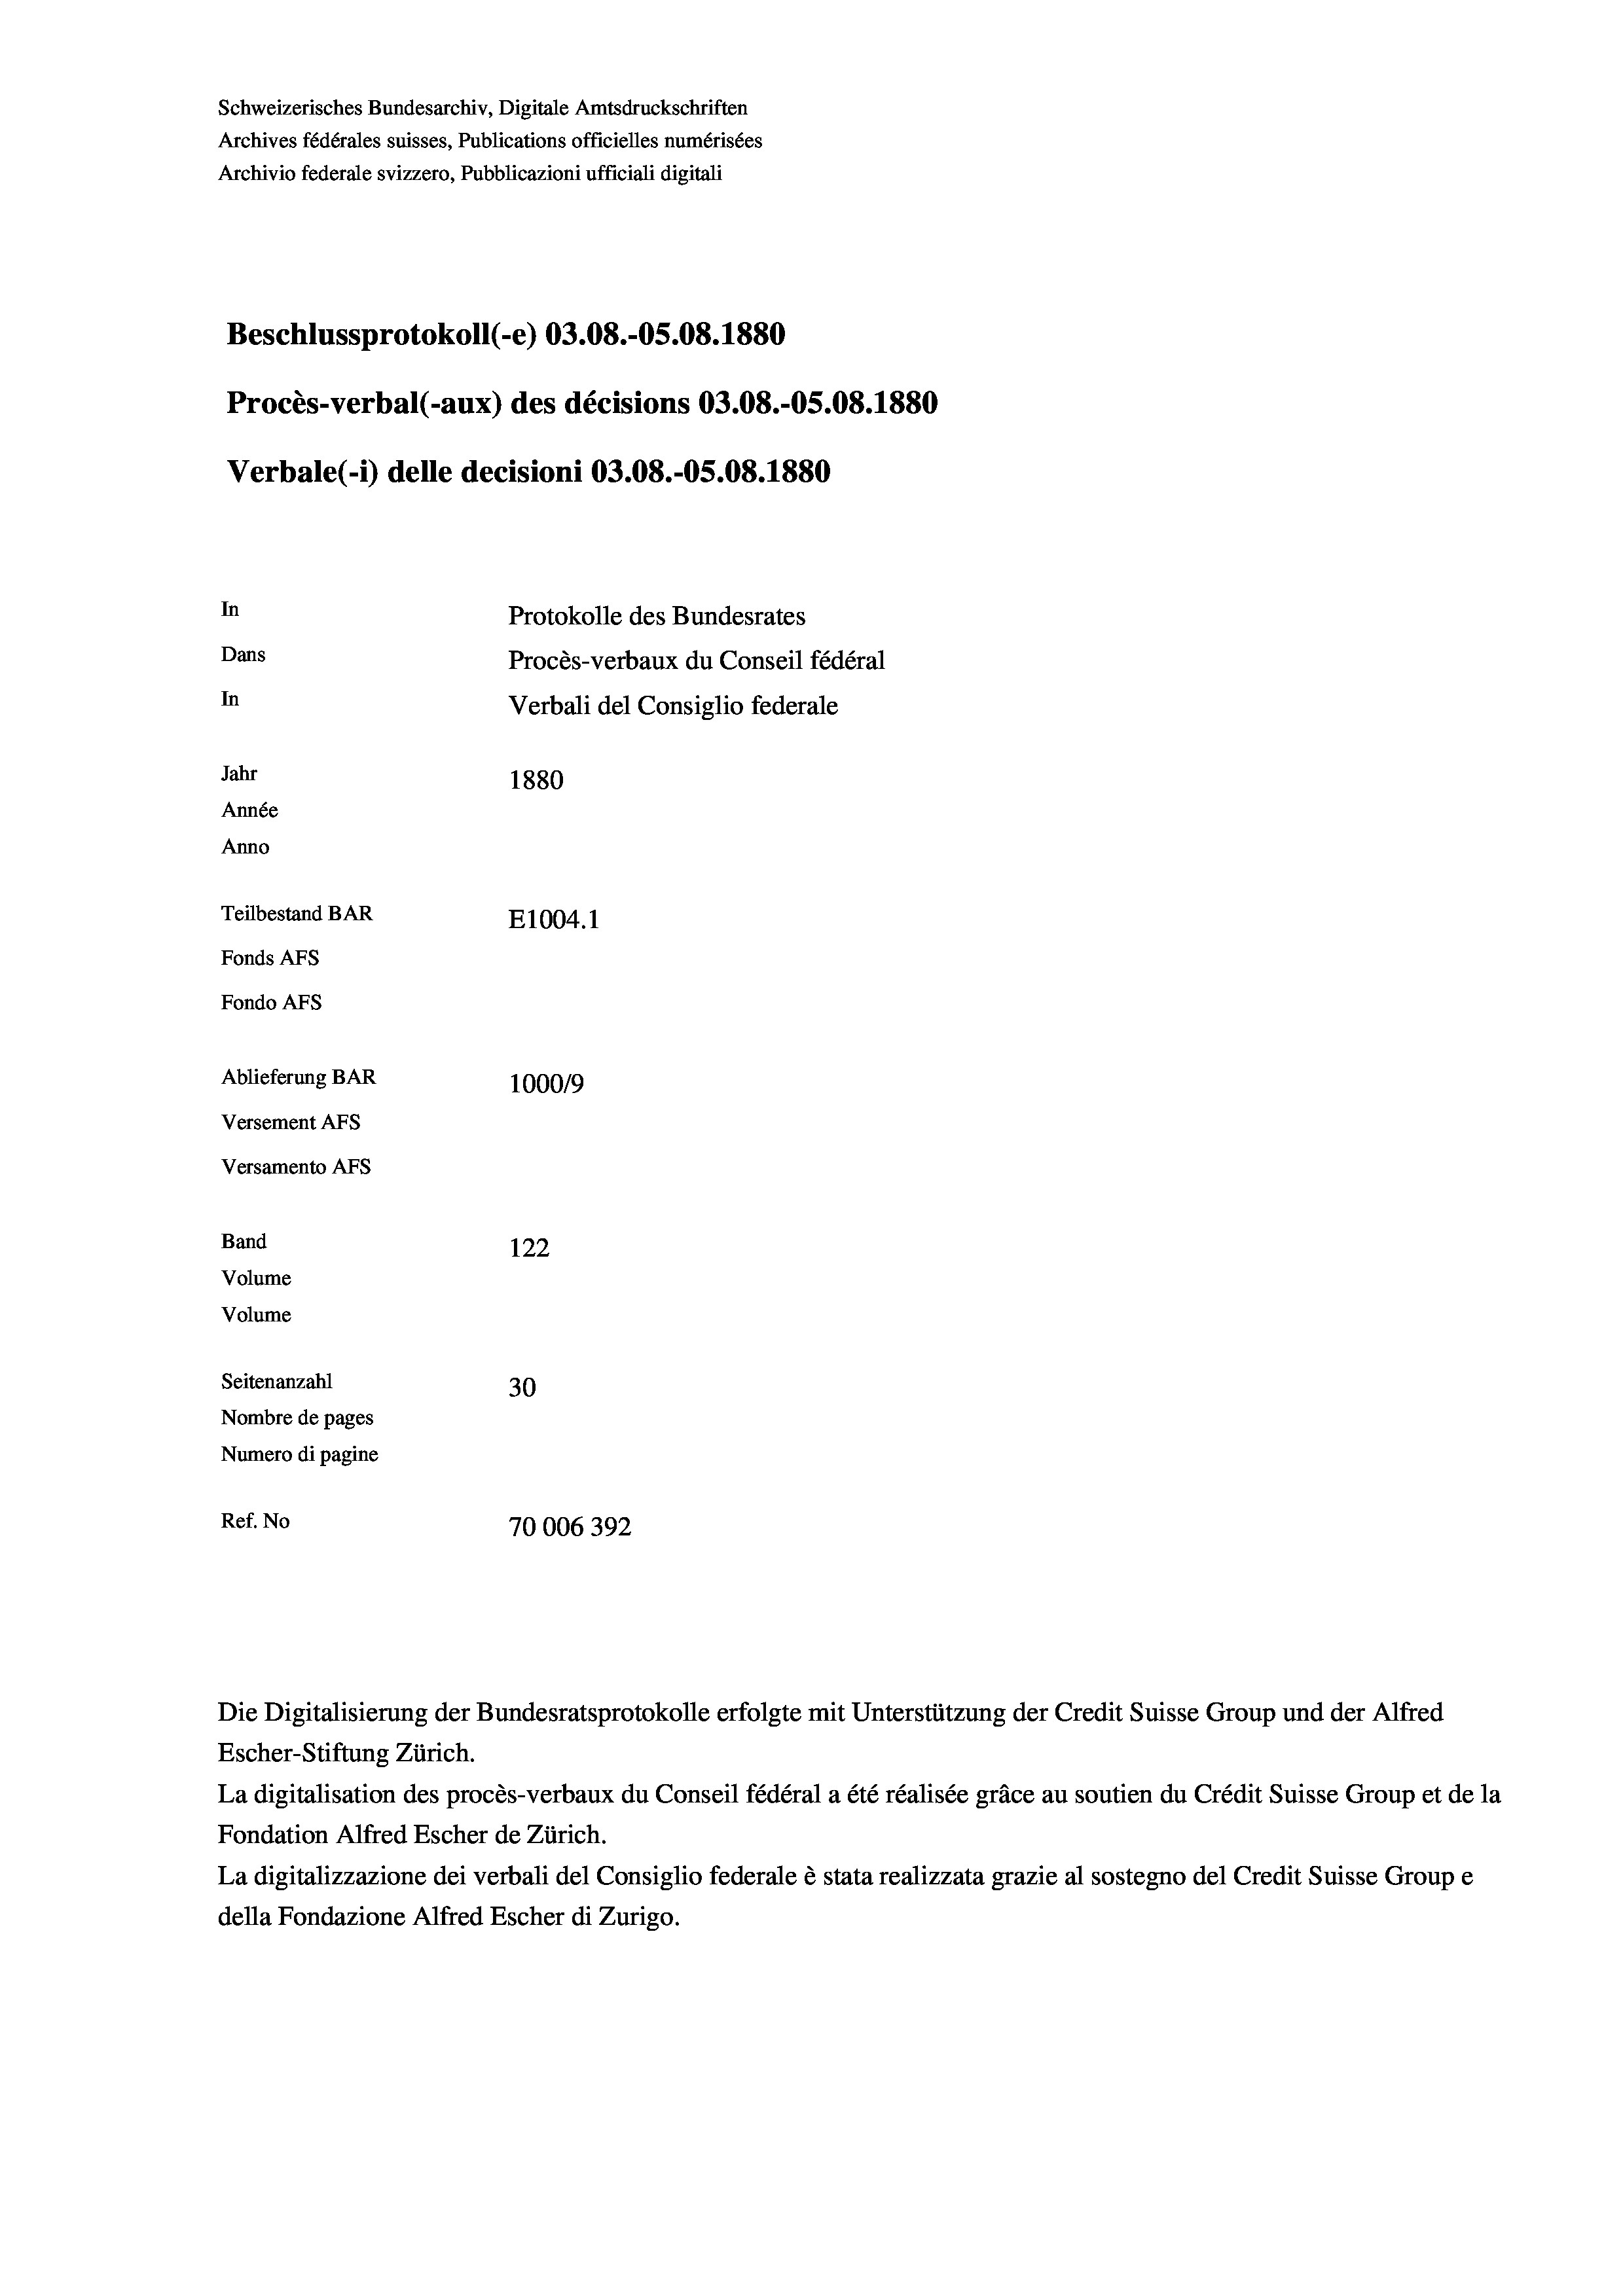
Schweizerisches Bundesarchiv, Digitale Amtsdruckschriften
Archives fédérales suisses, Publications officielles numérisées
Beschlussprotokoll (-e) 03.08.-05.08. 1880
Procès-verbal (-aux) des décisions 03.08.-OS.08. 1880
In
Protokolle des Bundesrates
Dans
Procès-verbaux du Conseil fédéral
In
Verbali del Consiglio federale
Jahr
1880
Année
Anno
Teilbestand BAR
E1004.1
Fonds AFs
Fondo AFs

Ablieferung BAR
Versement AFs
Versamento AFS
Band
Volume
Volume
Seitenanzahl

Archivio federale svizzero, Pubblicazioni ufficiali digitali

Verbale (i) delle decisioni 03.08.-05.08. 1880

100019
122
30
Nombre de pages
Numero di pagine
Ref. No
70006392

Escher-Stiftung Zürich.
La digitalisation des procès-verbaux du Conseil fédéral a été réalisée gräce au soutien du Crédit Suisse Group et de la
Fondation Alfred Escher de Zürich.
La digitalizzazione dei verbali del Consiglio federale è stata realizzata grazie al sostegno del Credit Suisse Groupe
della Fondazione Alfred Escher di Zurigo.

Die Digitalisierung der Bundesratsprotokolle erfolgte mit Unterstützung der Credit Suisse Group und der Alfred